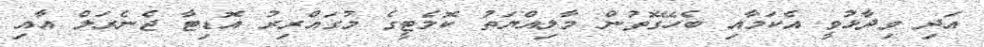
އަދި ވިދާޅުވީ އެކަމާއި ބެހޭގޮތުން މާލިއްޔަތު ކޮމެޓީގެ މުގައްރިރު އޮޑިޓާ ޖެނެރަލް އާއި